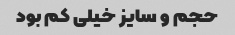
حجم و سایز خیلی کم بود